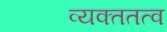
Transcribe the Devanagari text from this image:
व्यक्ततत्व